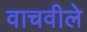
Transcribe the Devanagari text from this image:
वाचवीले